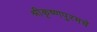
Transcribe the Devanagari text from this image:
श्रीकृष्णपुरमचे